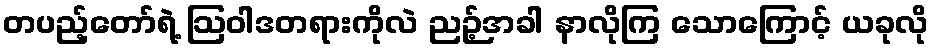
တပည့်တော်ရဲ့ ဩဝါဒတရားကိုလဲ ညဉ့်အခါ နာလိုကြ သောကြောင့် ယခုလို